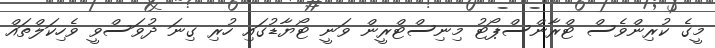
މީގެ ކުރިންވެސް ޓްރާންސްޕޯޓު މިނިސްޓްރީން ވަނީ ޓޯޔާޑުގައި ހުރި ގިނަ ދުވަސްވީ ވެހިކަލްތައް